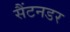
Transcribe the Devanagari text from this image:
सैंटनडर